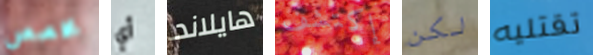
مخصص أي هايلاند إكتشف لكن تقتليه